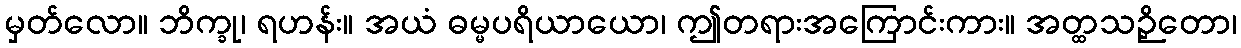
မှတ်လော။ ဘိက္ခု၊ ရဟန်း။ အယံ ဓမ္မပရိယာယော၊ ဤတရားအကြောင်းကား။ အတ္ထသဉှိတော၊